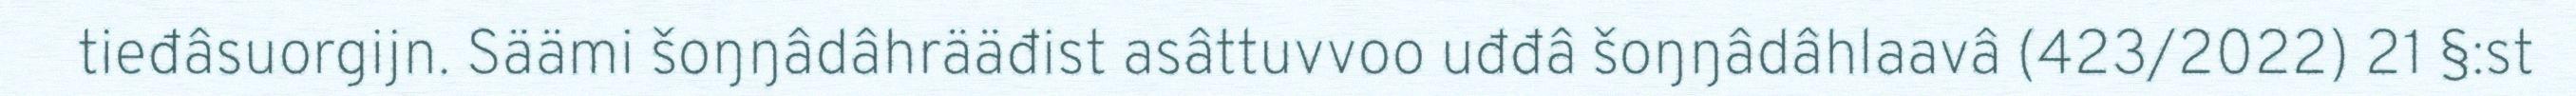
tieđâsuorgijn. Säämi šoŋŋâdâhrääđist asâttuvvoo uđđâ šoŋŋâdâhlaavâ (423/2022) 21 §:st